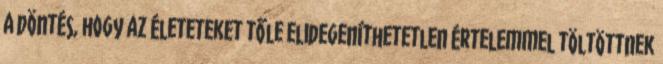
A döntés, hogy az életeteket tőle elidegeníthetetlen értelemmel töltöttnek